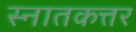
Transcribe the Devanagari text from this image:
स्नातकत्तर